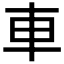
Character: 車